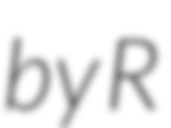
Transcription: by R